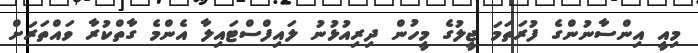
މިއީ އިންސާނުންގެ ފުރަތަމަ ޖީލުގެ މީހުން ދިރިއުޅުނު ލައިފްސްޓައިލާ އެންމެ ގާތްކުރާ ވައްތަރަށް